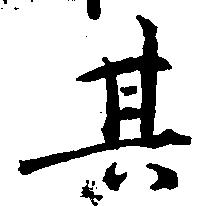
其